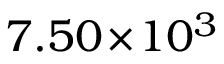
7 . 5 0 \! \times \! 1 0 ^ { 3 }